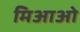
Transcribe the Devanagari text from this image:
मिआओ